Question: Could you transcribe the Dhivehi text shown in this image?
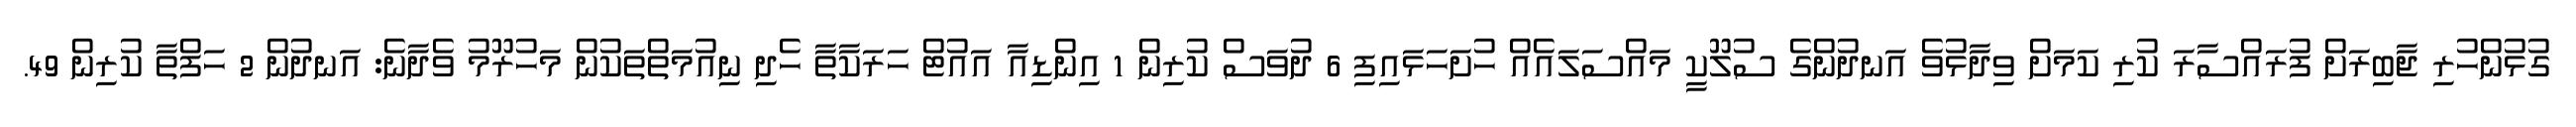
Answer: ގުޅުންހުރި ޖާބިރަށް ފުރައްސާރަ ކުރި ކަމަށް ވިދާޅުވެ އަނދުންގެ ސުލޫކީ މައްސަލައެއް ހުށަހަޅައިފި 6 ދުވަސް ކުރިން 1 އިންޑިއާ އައުޓް ހަރަކާތާ ހެދި ނިއުމަތްތަކުން މަހުރޫމު ވެދާނެ: އަނދުން 2 ހަފްތާ ކުރިން 49.